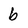
Character: b